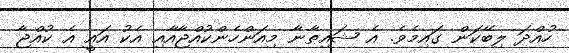
ހުއްދަ ލިބޭކަން ގައިމެވެ. އެ ޝައިޠާނާ މިއަންހެންކުއްޖާއާއި އެކު އައީ އެ ކުއްޖާ